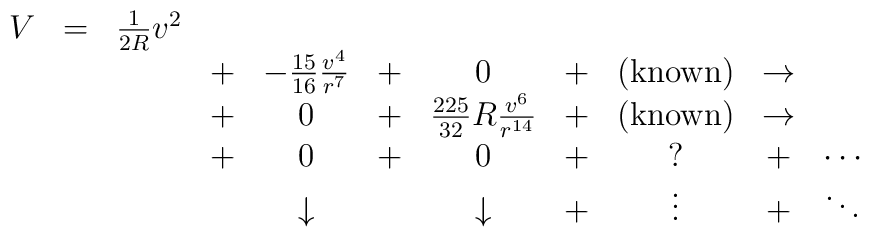
\begin{array}{ccccccccccc}V & = &\frac{1}{2R} v^2 & &  & & & & & &\\& & & + & -\frac{15}{16}  \frac{v^4}{r^7}  & + &0& + &({\rm known})  & \rightarrow &\\& & & + & 0 & + & \frac{225}{32} R  \frac{v^6}{r^{14}}   & + &({\rm known})  & \rightarrow &\\& & & + &0 & + &0 & + &?  & + &\cdots\\& &&  & \downarrow &  & \downarrow & + & \vdots & + &\ddots\end{array}